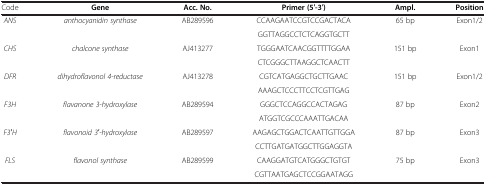
<table><thead><tr><td><b>Code</b></td><td><b>Gene</b></td><td><b>Acc. No.</b></td><td><b>Primer (5′-3′)</b></td><td><b>Ampl.</b></td><td><b>Position</b></td></tr></thead><tbody><tr><td rowspan="2"><i>ANS</i></td><td rowspan="2"><i>anthocyanidin synthase</i></td><td rowspan="2">AB289596</td><td>CCAAGAATCCGTCCGACTACA</td><td rowspan="2">65 bp</td><td rowspan="2">Exon1/2</td></tr><tr><td>GGTTAGGCCTCTCAGGTGCTT</td></tr><tr><td rowspan="2"><i>CHS</i></td><td rowspan="2"><i>chalcone synthase</i></td><td rowspan="2">AJ413277</td><td>TGGGAATCAACGGTTTTGGAA</td><td rowspan="2">151 bp</td><td rowspan="2">Exon1</td></tr><tr><td>CTCGGGCTTAAGGCTCAACTT</td></tr><tr><td rowspan="2"><i>DFR</i></td><td rowspan="2"><i>dihydroflavonol 4-reductase</i></td><td rowspan="2">AJ413278</td><td>CGTCATGAGGCTGCTTGAAC</td><td rowspan="2">151 bp</td><td rowspan="2">Exon1/2</td></tr><tr><td>AAAGCTCCCTTCCTCGTTGAG</td></tr><tr><td rowspan="2"><i>F3H</i></td><td rowspan="2"><i>flavanone 3-hydroxylase</i></td><td rowspan="2">AB289594</td><td>GGGCTCCAGGCCACTAGAG</td><td rowspan="2">87 bp</td><td rowspan="2">Exon2</td></tr><tr><td>ATGGTCGCCCAAATTGACAA</td></tr><tr><td rowspan="2"><i>F3′H</i></td><td rowspan="2"><i>flavonoid 3′-hydroxylase</i></td><td rowspan="2">AB289597</td><td>AAGAGCTGGACTCAATTGTTGGA</td><td rowspan="2">87 bp</td><td rowspan="2">Exon3</td></tr><tr><td>CCTTGATGATGGCTTGGAGGTA</td></tr><tr><td rowspan="2"><i>FLS</i></td><td rowspan="2"><i>flavonol synthase</i></td><td rowspan="2">AB289599</td><td>CAAGGATGTCATGGGCTGTGT</td><td rowspan="2">75 bp</td><td rowspan="2">Exon3</td></tr><tr><td>CGTTAATGAGCTCCGGAATAGG</td></tr></tbody></table>